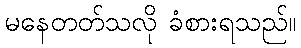
မနေတတ်သလို ခံစားရသည်။